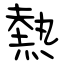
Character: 熱